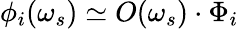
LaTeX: \phi_{i}(\omega_{s})\simeq O(\omega_{s})\cdot\Phi_{i}